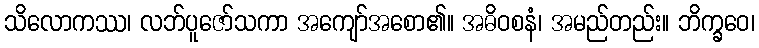
သိလောကဿ၊ လဘ်ပူဇော်သကာ အကျော်အစော၏။ အဓိဝစနံ၊ အမည်တည်း။ ဘိက္ခဝေ၊